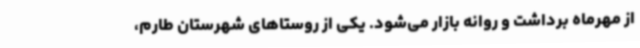
از مهرماه برداشت و روانه بازار می‌شود. یکی از روستاهای شهرستان طارم،